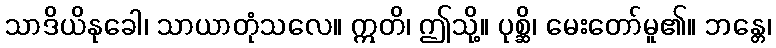
သာဒိယိနုခေါ၊ သာယာတုံသလေ။ ဣတိ၊ ဤသို့။ ပုစ္ဆိ၊ မေးတော်မူ၏။ ဘန္တေ၊